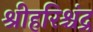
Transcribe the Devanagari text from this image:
श्रीहरिश्चंद्र